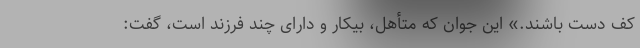
کف دست باشند.» این جوان که متأهل، بیکار و دارای چند فرزند است، گفت: